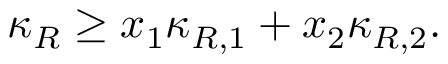
\kappa _ { R } \geq x _ { 1 } \kappa _ { R , 1 } + x _ { 2 } \kappa _ { R , 2 } .